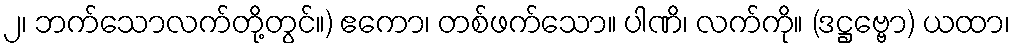
၂၊ ဘက်သောလက်တို့တွင်။) ဧကော၊ တစ်ဖက်သော။ ပါဏိ၊ လက်ကို။ (ဒဋ္ဌဗ္ဗော) ယထာ၊